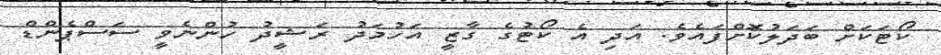
ކޯޓަކަށް ބަދަލުކޮށްފައެވެ. އަދި އެ ކޯޓުގެ ގާޒީ އަހުމަދު ރަޝީދު ހުންނެވީ ސަސްޕެންޑް